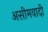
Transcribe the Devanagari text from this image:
असीमवादी